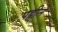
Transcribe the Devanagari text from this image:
पट्टीने